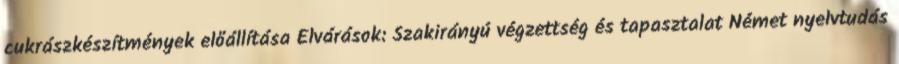
cukrászkészítmények előállítása Elvárások: Szakirányú végzettség és tapasztalat Német nyelvtudás